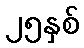
၂၅နှစ်